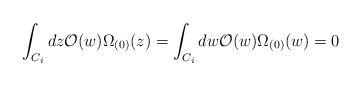
LaTeX: \begin{align*}\int_{C_i} dz {\cal O}(w)\Omega_{(0)}(z) = \int_{C_i} dw {\cal O}(w)\Omega_{(0)}(w)=0\end{align*}